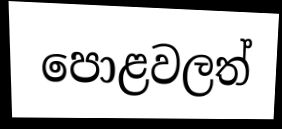
පොළවලත්